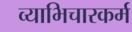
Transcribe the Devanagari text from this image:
व्याभिचारकर्म